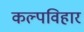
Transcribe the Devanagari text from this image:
कल्पविहार